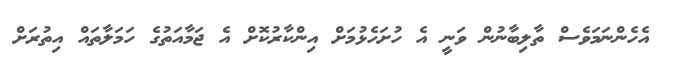
އެހެންނަމަވެސް ތާލިބާނުން ވަނީ އެ ހުށަހެޅުމަށް އިންކާރުކޮށް އެ ޖަމާއަތުގެ ހަމަލާތައް އިތުރަށް